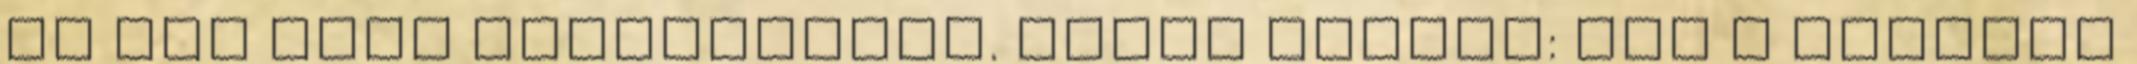
és nem lesz átvilágítás. Tüttő István: Aki a szóbeli